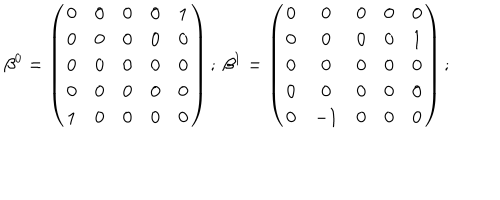
LaTeX: \beta ^ { 0 } = \left( \begin{array} { c c c c c } { { 0 } } & { { 0 } } & { { 0 } } & { { 0 } } & { { 1 } } \\ { { 0 } } & { { 0 } } & { { 0 } } & { { 0 } } & { { 0 } } \\ { { 0 } } & { { 0 } } & { { 0 } } & { { 0 } } & { { 0 } } \\ { { 0 } } & { { 0 } } & { { 0 } } & { { 0 } } & { { 0 } } \\ { { 1 } } & { { 0 } } & { { 0 } } & { { 0 } } & { { 0 } } \\ \end{array} \right) ; \ \beta ^ { 1 } = \left( \begin{array} { c c c c c } { { 0 } } & { { 0 } } & { { 0 } } & { { 0 } } & { { 0 } } \\ { { 0 } } & { { 0 } } & { { 0 } } & { { 0 } } & { { 1 } } \\ { { 0 } } & { { 0 } } & { { 0 } } & { { 0 } } & { { 0 } } \\ { { 0 } } & { { 0 } } & { { 0 } } & { { 0 } } & { { 0 } } \\ { { 0 } } & { { - 1 } } & { { 0 } } & { { 0 } } & { { 0 } } \\ \end{array} \right) ;